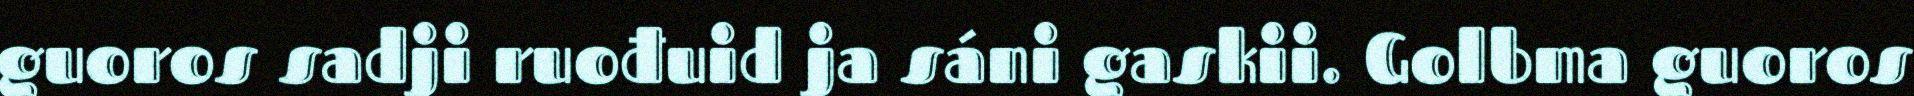
guoros sadji ruođuid ja sáni gaskii. Golbma guoros